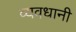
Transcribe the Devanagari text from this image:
व्यवधानी